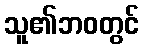
သူ၏ဘဝတွင်